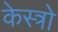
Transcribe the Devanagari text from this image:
केस्त्रो